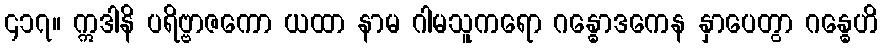
၄၁၇။ ဣဒါနိ ပရိဗ္ဗာဇကော ယထာ နာမ ဂါမသူကရော ဂန္ဓောဒကေန နှာပေတွာ ဂန္ဓေဟိ